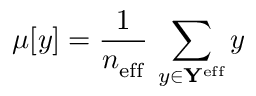
\mu [ y ] = \frac { 1 } { n _ { \mathrm { e f f } } ^ { \mathrm { } } } \, \sum _ { y \in \mathbf { Y } ^ { \mathrm { e f f } } } y